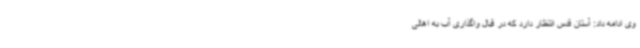
وی ادامه داد: آستان قدس انتظار دارد که در قبال واگذاری آب به اهالی